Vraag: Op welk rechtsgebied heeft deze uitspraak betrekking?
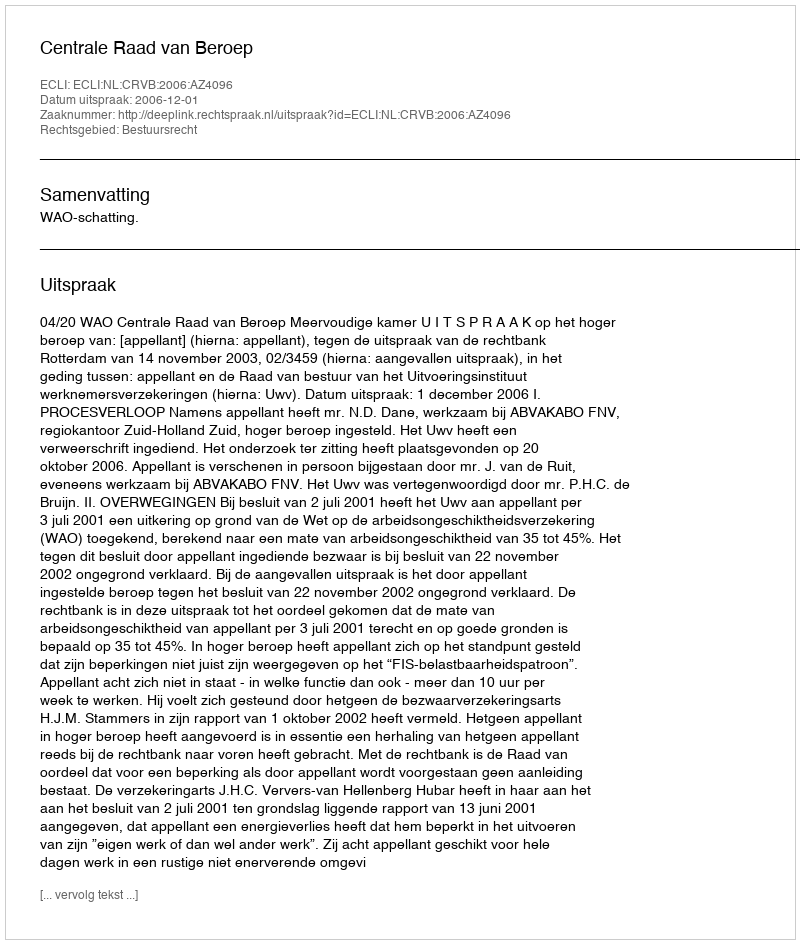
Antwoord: Bestuursrecht